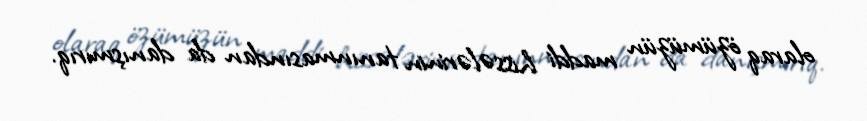
olaraq özümüzün maddi hissələrinin tanınmasından da danışmırıq.